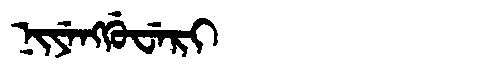
Manchu: ᠨᡳᠶᡝᠩᡤᡠᠸᡝᡵᡳ
Romanization: NIYENGGUWERI